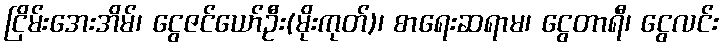
ငြိမ်းအေးအိမ်၊ ငွေဇင်ယော်ဦး(မိုးကုတ်)၊ စာရေးဆရာမ၊ ငွေတာရီ၊ ငွေလင်း